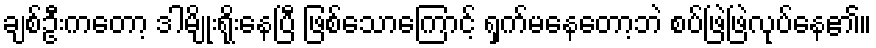
ချစ်ဦးကတော့ ဒါမျိုးရိုးနေပြီ ဖြစ်သောကြောင့် ရှက်မနေတော့ဘဲ စပ်ဖြဲဖြဲလုပ်နေ၏။